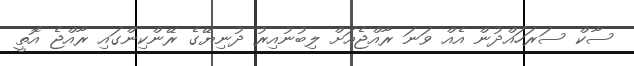
ސާކް ސަރަހައްދުން އެއް ވަނަ ރާއްޖެއަށް ލިބުނުއިރު ދުނިޔޭގެ ރޭންކިންގައި ރާއްޖެ އޮތީ